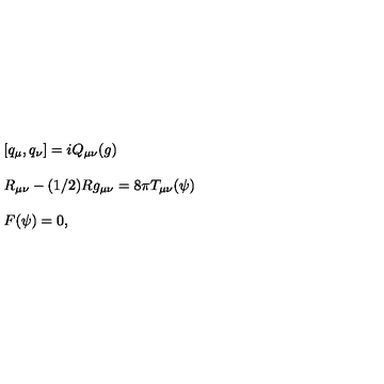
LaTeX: \left. \begin{array} { l } { \left[ q _ { \mu } , q _ { \nu } \right] = i Q _ { \mu \nu } ( g ) } \\ { { } } \\ { R _ { \mu \nu } - ( 1 / 2 ) R g _ { \mu \nu } = 8 \pi T _ { \mu \nu } ( \psi ) } \\ { { } } \\ { F ( \psi ) = 0 , } \\ \end{array} \right.